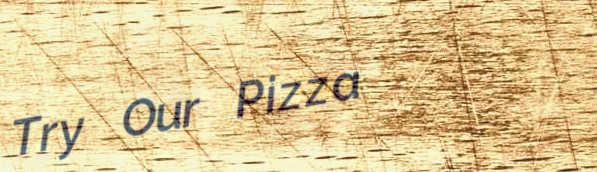
Try Our Pizza